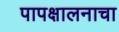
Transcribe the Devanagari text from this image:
पापक्षालनाचा